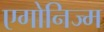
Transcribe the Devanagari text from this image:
एगोनिज्म